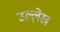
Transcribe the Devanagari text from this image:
उल्ले़ख